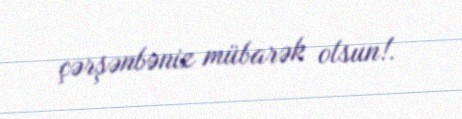
çərşənbəniz mübarək olsun!.